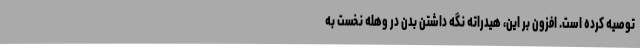
توصیه کرده است. افزون بر این، هیدراته نگه داشتن بدن در وهله نخست به